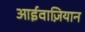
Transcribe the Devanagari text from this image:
आईवाज़ियान